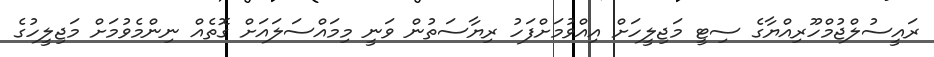
ރައީސުލްޖުމްހޫރިއްޔާގެ ސިޓީ މަޖިލީހަށް އިއްވުމަށްފަހު ރިޔާސަތުން ވަނީ މިމައްސަލައަށް ގޮތެއް ނިންމެވުމަށް މަޖިލީހުގެ